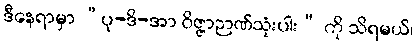
ဒီနေရာမှာ “ပု-ဒိ-အာ ဝိဇ္ဇာဉာဏ်သုံးပါး” ကို သိရမယ်၊